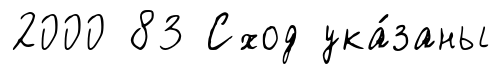
2000 83 Сход ука́заны